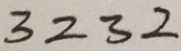
3 2 3 2